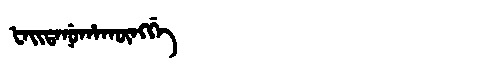
Manchu: ᡶᠠᡳᡨᠠᠨᡠᡥᠠᡴᡡᠩᡤᡝ
Romanization: FAITANUHAKŪNGGE